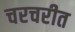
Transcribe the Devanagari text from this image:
चरचरीत